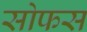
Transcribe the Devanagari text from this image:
सोफस